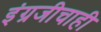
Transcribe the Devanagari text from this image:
इंग्रजीचाही